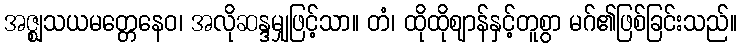
အဇ္ဈသယမတ္တေနေဝ၊ အလိုဆန္ဒမျှဖြင့်သာ။ တံ၊ ထိုထိုဈာန်နှင့်တူစွာ မဂ်၏ဖြစ်ခြင်းသည်။